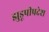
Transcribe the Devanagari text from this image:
झुडूपीप्रदेश